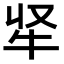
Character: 𭷘